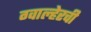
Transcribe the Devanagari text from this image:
ग्वाल्हेरची